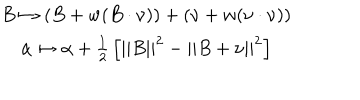
\begin{array} { c } { { B \mapsto \left( B + w ( B \cdot \nu ) \right) + \left( \nu + w ( \nu \cdot \nu ) \right) } } \\ { { \alpha \mapsto \alpha + { \frac { 1 } { 2 } } \left[ | | B | | ^ { 2 } - | | B + \nu | | ^ { 2 } \right] } } \\ \end{array}